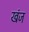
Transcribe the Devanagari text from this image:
खंज